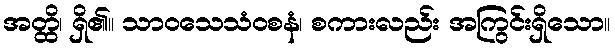
အတ္ထိ၊ ရှိ၏။ သာဝသေသံဝစနံ၊ စကားလည်း အကြွင်းရှိသော။